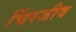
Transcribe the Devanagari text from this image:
चिंरजीव